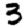
Digit: 3